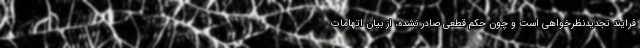
فرایند تجدیدنظرخواهی است و چون حکم قطعی صادر نشده، از بیان اتهامات